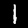
Digit: 1